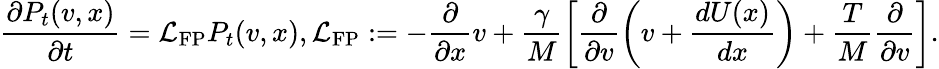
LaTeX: \frac{\partial P_{t}(v,x)}{\partial t}=\mathcal{L}_{\mathrm{FP}}P_{t}(v,x),\mathcal{L}_{\mathrm{FP}}:=-\frac{\partial}{\partial x}v+\frac{\gamma}{M}\left[\frac{\partial}{\partial v}\left(v+\frac{dU(x)}{dx}\right)+\frac{T}{M}\frac{\partial}{\partial v}\right].